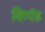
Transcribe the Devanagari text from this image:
किपॅड